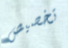
تخصيص